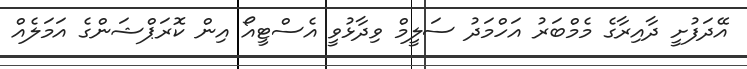
އޭދަފުށީ ދާއިރާގެ މެމްބަރު އަހްމަދު ސަލީމް ވިދާޅުވީ އެސްޓީއޯ އިން ކޮރަޕްޝަންގެ އަމަލެއް